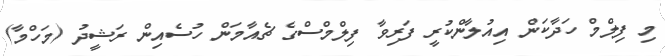
މި ފިލްމް ހަދާކަން އިއުލާންކުރީ ފަރިވާ ފިލްމްސްގެ ޗެއާމަން ހުސެއިން ރަޝީދު (މަހްމާ)